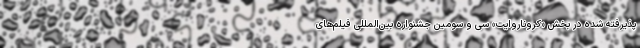
پذیرفته شده در بخش «کروناروایت» سی و سومین جشنواره بین‌المللی فیلم‌های